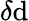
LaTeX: \delta\mathrm{d}